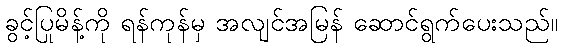
ခွင့်ပြုမိန့်ကို ရန်ကုန်မှ အလျင်အမြန် ဆောင်ရွက်ပေးသည်။